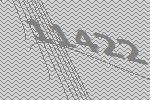
11422